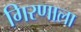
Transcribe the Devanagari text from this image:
गिरणाला